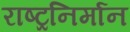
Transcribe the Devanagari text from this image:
राष्ट्रनिर्मान